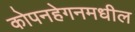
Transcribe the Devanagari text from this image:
कोपनहेगनमधील